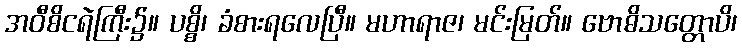
အဝီစိငရဲကြီး၌။ ပစ္စိ၊ ခံစားရလေပြီ။ မဟာရာဇ၊ မင်းမြတ်။ ဗောဓိသတ္တောပိ၊